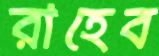
রাহেব